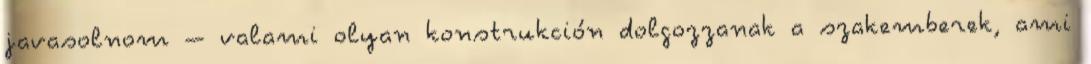
javasolnom – valami olyan konstrukción dolgozzanak a szakemberek, ami